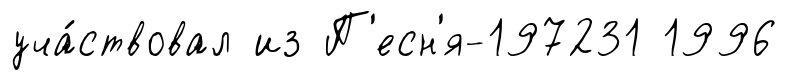
уча́ствовал из П'есн'я-197231 1996